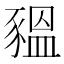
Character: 豱